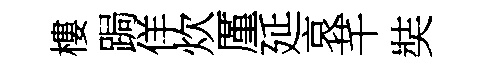
樓跼佯炊厪延哀芊奘